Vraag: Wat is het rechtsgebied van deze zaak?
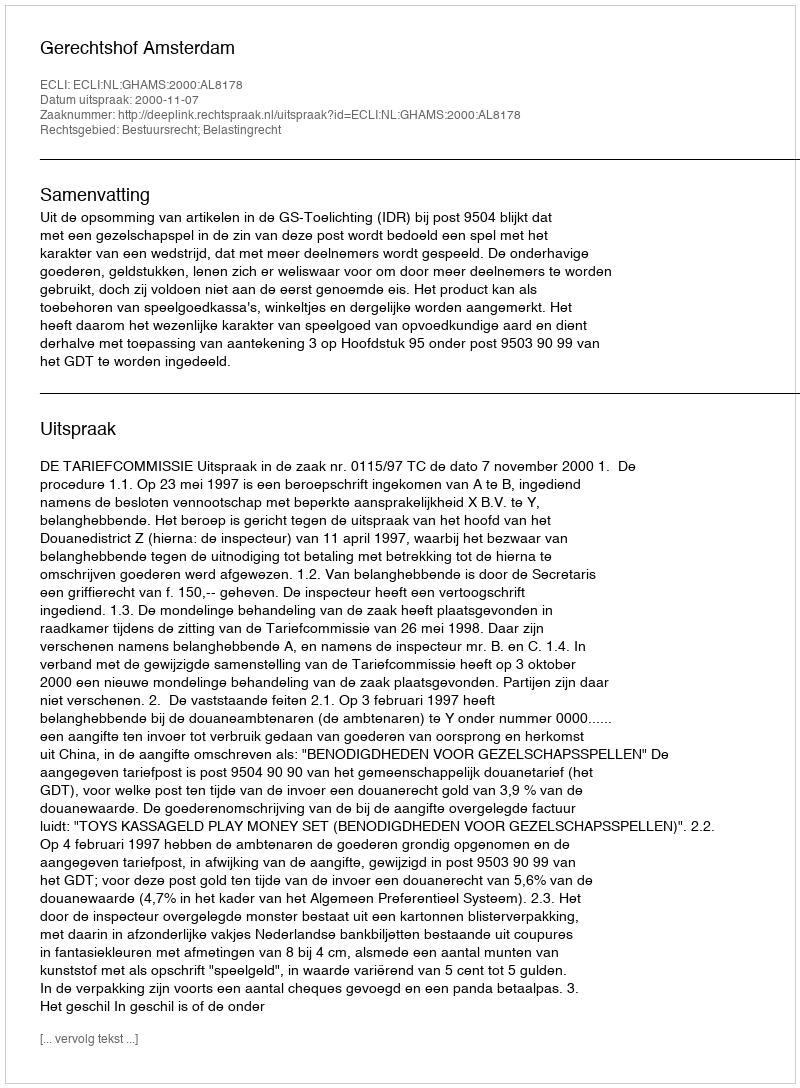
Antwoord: Bestuursrecht; Belastingrecht